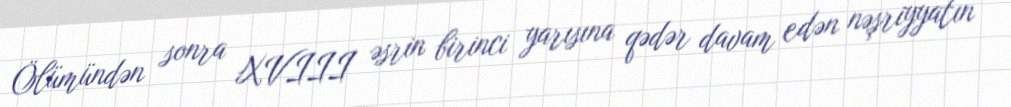
Ölümündən sonra XVIII əsrin birinci yarısına qədər davam edən nəşriyyatın